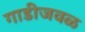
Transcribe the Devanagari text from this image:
गाडीजवळ